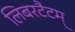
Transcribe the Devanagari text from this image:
लिबरटैटम्